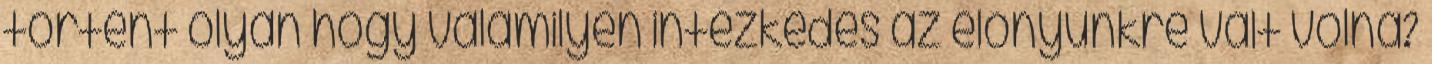
történt olyan hogy valamilyen intézkedés az előnyünkre vált volna?